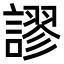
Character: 謬